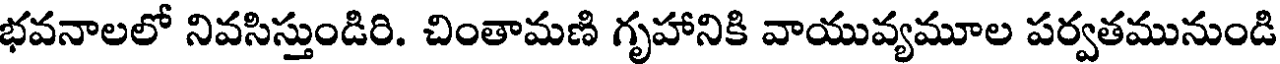
భవనాలలో నివసిస్తుండిరి. చింతామణి గృహానికి వాయువ్యమూల పర్వతమునుండి